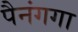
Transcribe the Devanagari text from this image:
पैनंगगा